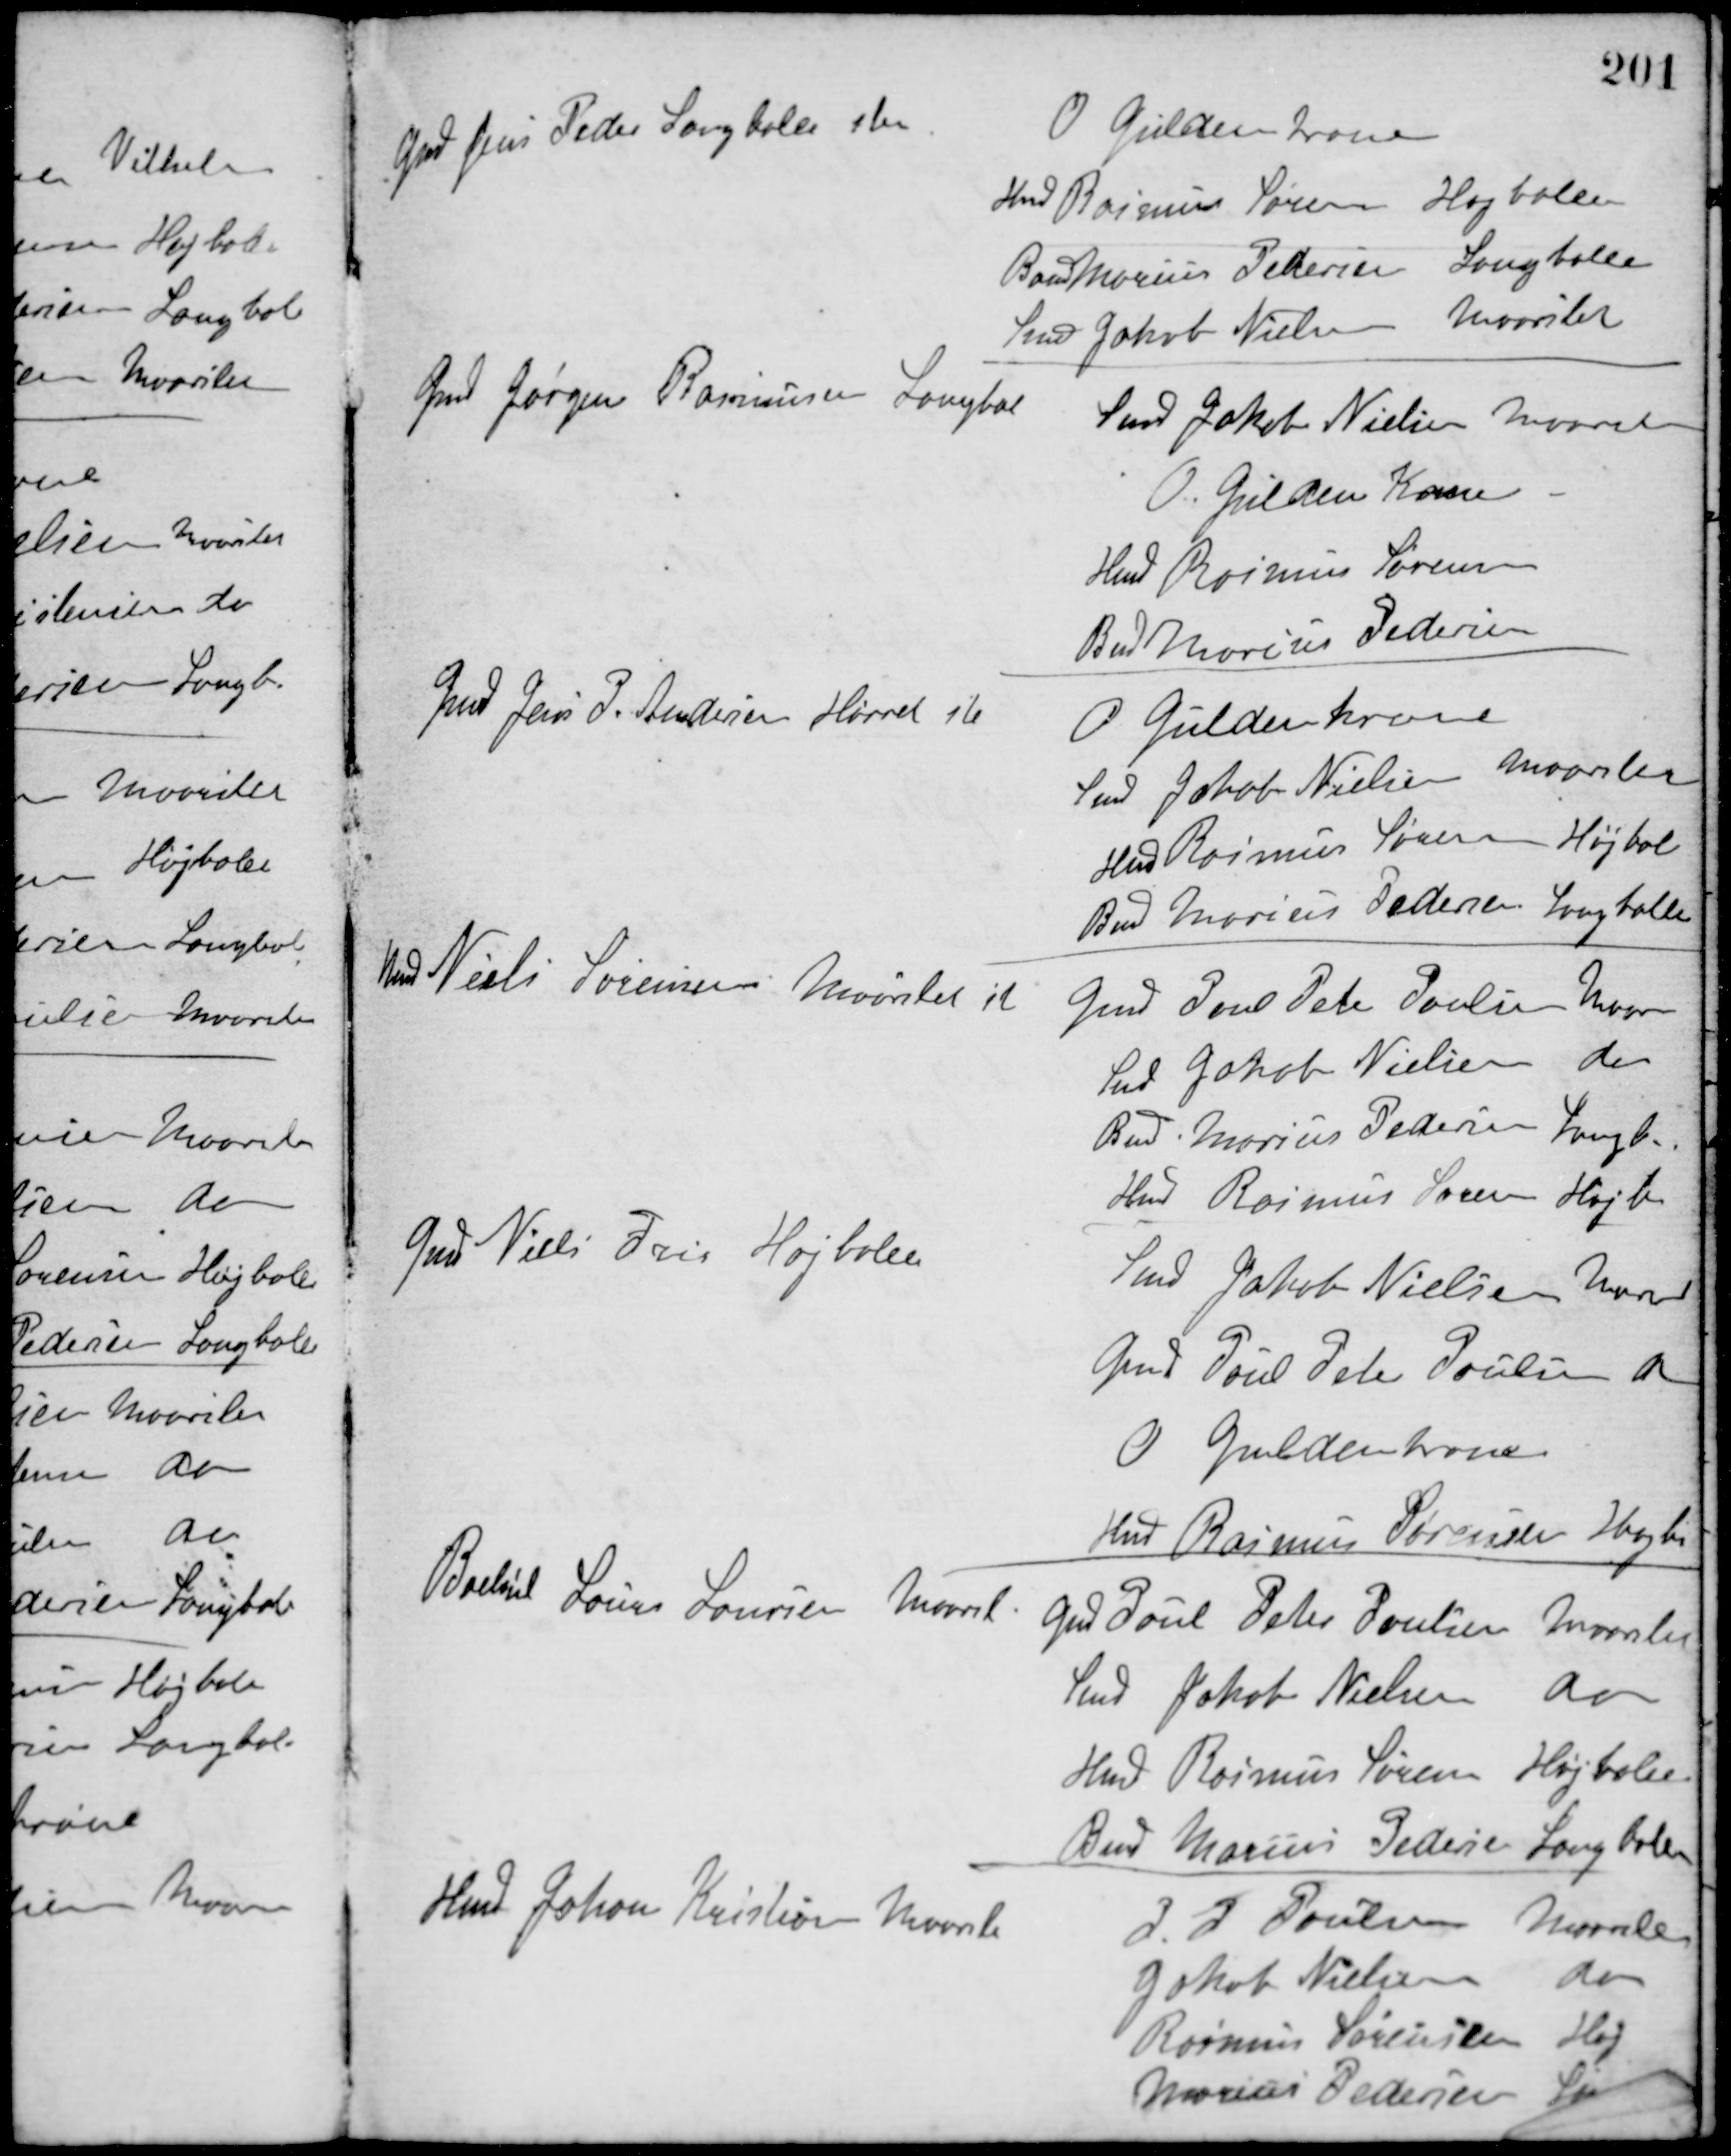
Transskription:
Grd. Jens Peder, Langballe stem.
O. Gyldenkrone
Hmd. Rasmus Sørensen, Højballe
Boels Marius Petersen, Langballe
Smed Jakob Nielsen, Maarslet
Gmd. Jørgen Rasmussen, Langballe
Smed Jakob Nielsen, Maarslet
O. Gulden Krone, -
Hmd. Rasmus Sørensen
Boels Marius Pedersen
Gmd. Jens P. Andersen, Hørret ste
O. Guldenkrone
Smed Jakob Nielsen, Maarslet
Hmd. Rasmus Sørensen, Højbal
Boels Marius Pedersen, Langballe
Hmd. Niels Sørensen, Maarslet ste
Gmd. Jens Peter Poulsen, Maar
Ind. Jakob Nielsen, do
Boels Marius Pedersen, Langb.
Hmd. Rasmus Søren, Højb.
Gmd. Niels Fris, Højballe
Smed Jakob Nielsen, Maarsl
Gmd. Poul Peter Poulsen, do
O. Guldenkrone
Hmd. Rasmus Sørensen, Højba
Boelsmd. Laurs Laursen, Maarsl
Gmd. Poul Peter Poulsen, Maarslet
Smed Jakob Nielsen, do
Hmd. Rasmus Søren, Højballe
Boels Marius Pedersen, Langballe
Hmd. Johan Kristensen, Maarslet
J. P. Poulsen, Maarslet
Jakob Nielsen, do
Rasmus Sørensen, Høj
Marius Pedersen, La